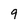
Character: 9